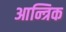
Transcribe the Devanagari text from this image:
आन्त्रिक